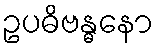
ဥပဓိဗန္ဓနော